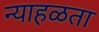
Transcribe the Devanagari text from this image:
न्याहळता